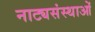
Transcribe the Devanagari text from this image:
नाट्यसंस्थाओं